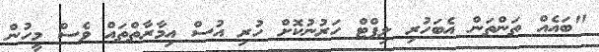
"ބައެއް ތަންތަން އެބަހުރި ލިފްޓް ހަރުނުކޮށް ހުރި އުސް އިމާރާތްތައް ވެސް މީހުން